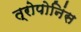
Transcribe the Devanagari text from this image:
त्रोपोनिंस